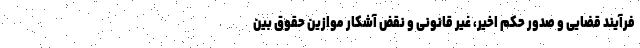
فرآیند قضایی و صدور حکم اخیر، غیر قانونی و نقض آشکار موازین حقوق بین